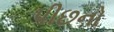
પીછનો